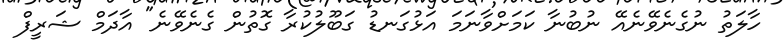
ހާލަތު ނުގެނެވޭނެއޭ ނުބުނާ ކަމަށްވާނަމަ އަޅުގަނޑު ގަބޫލުކުރާ ގޮތުން ގެނެވޭނެ" އާދަމް ޝަރީފް